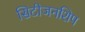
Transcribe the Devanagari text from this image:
सिटीजनशिप